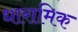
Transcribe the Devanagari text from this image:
धारामिक